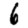
Digit: 6